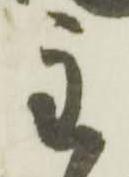
主